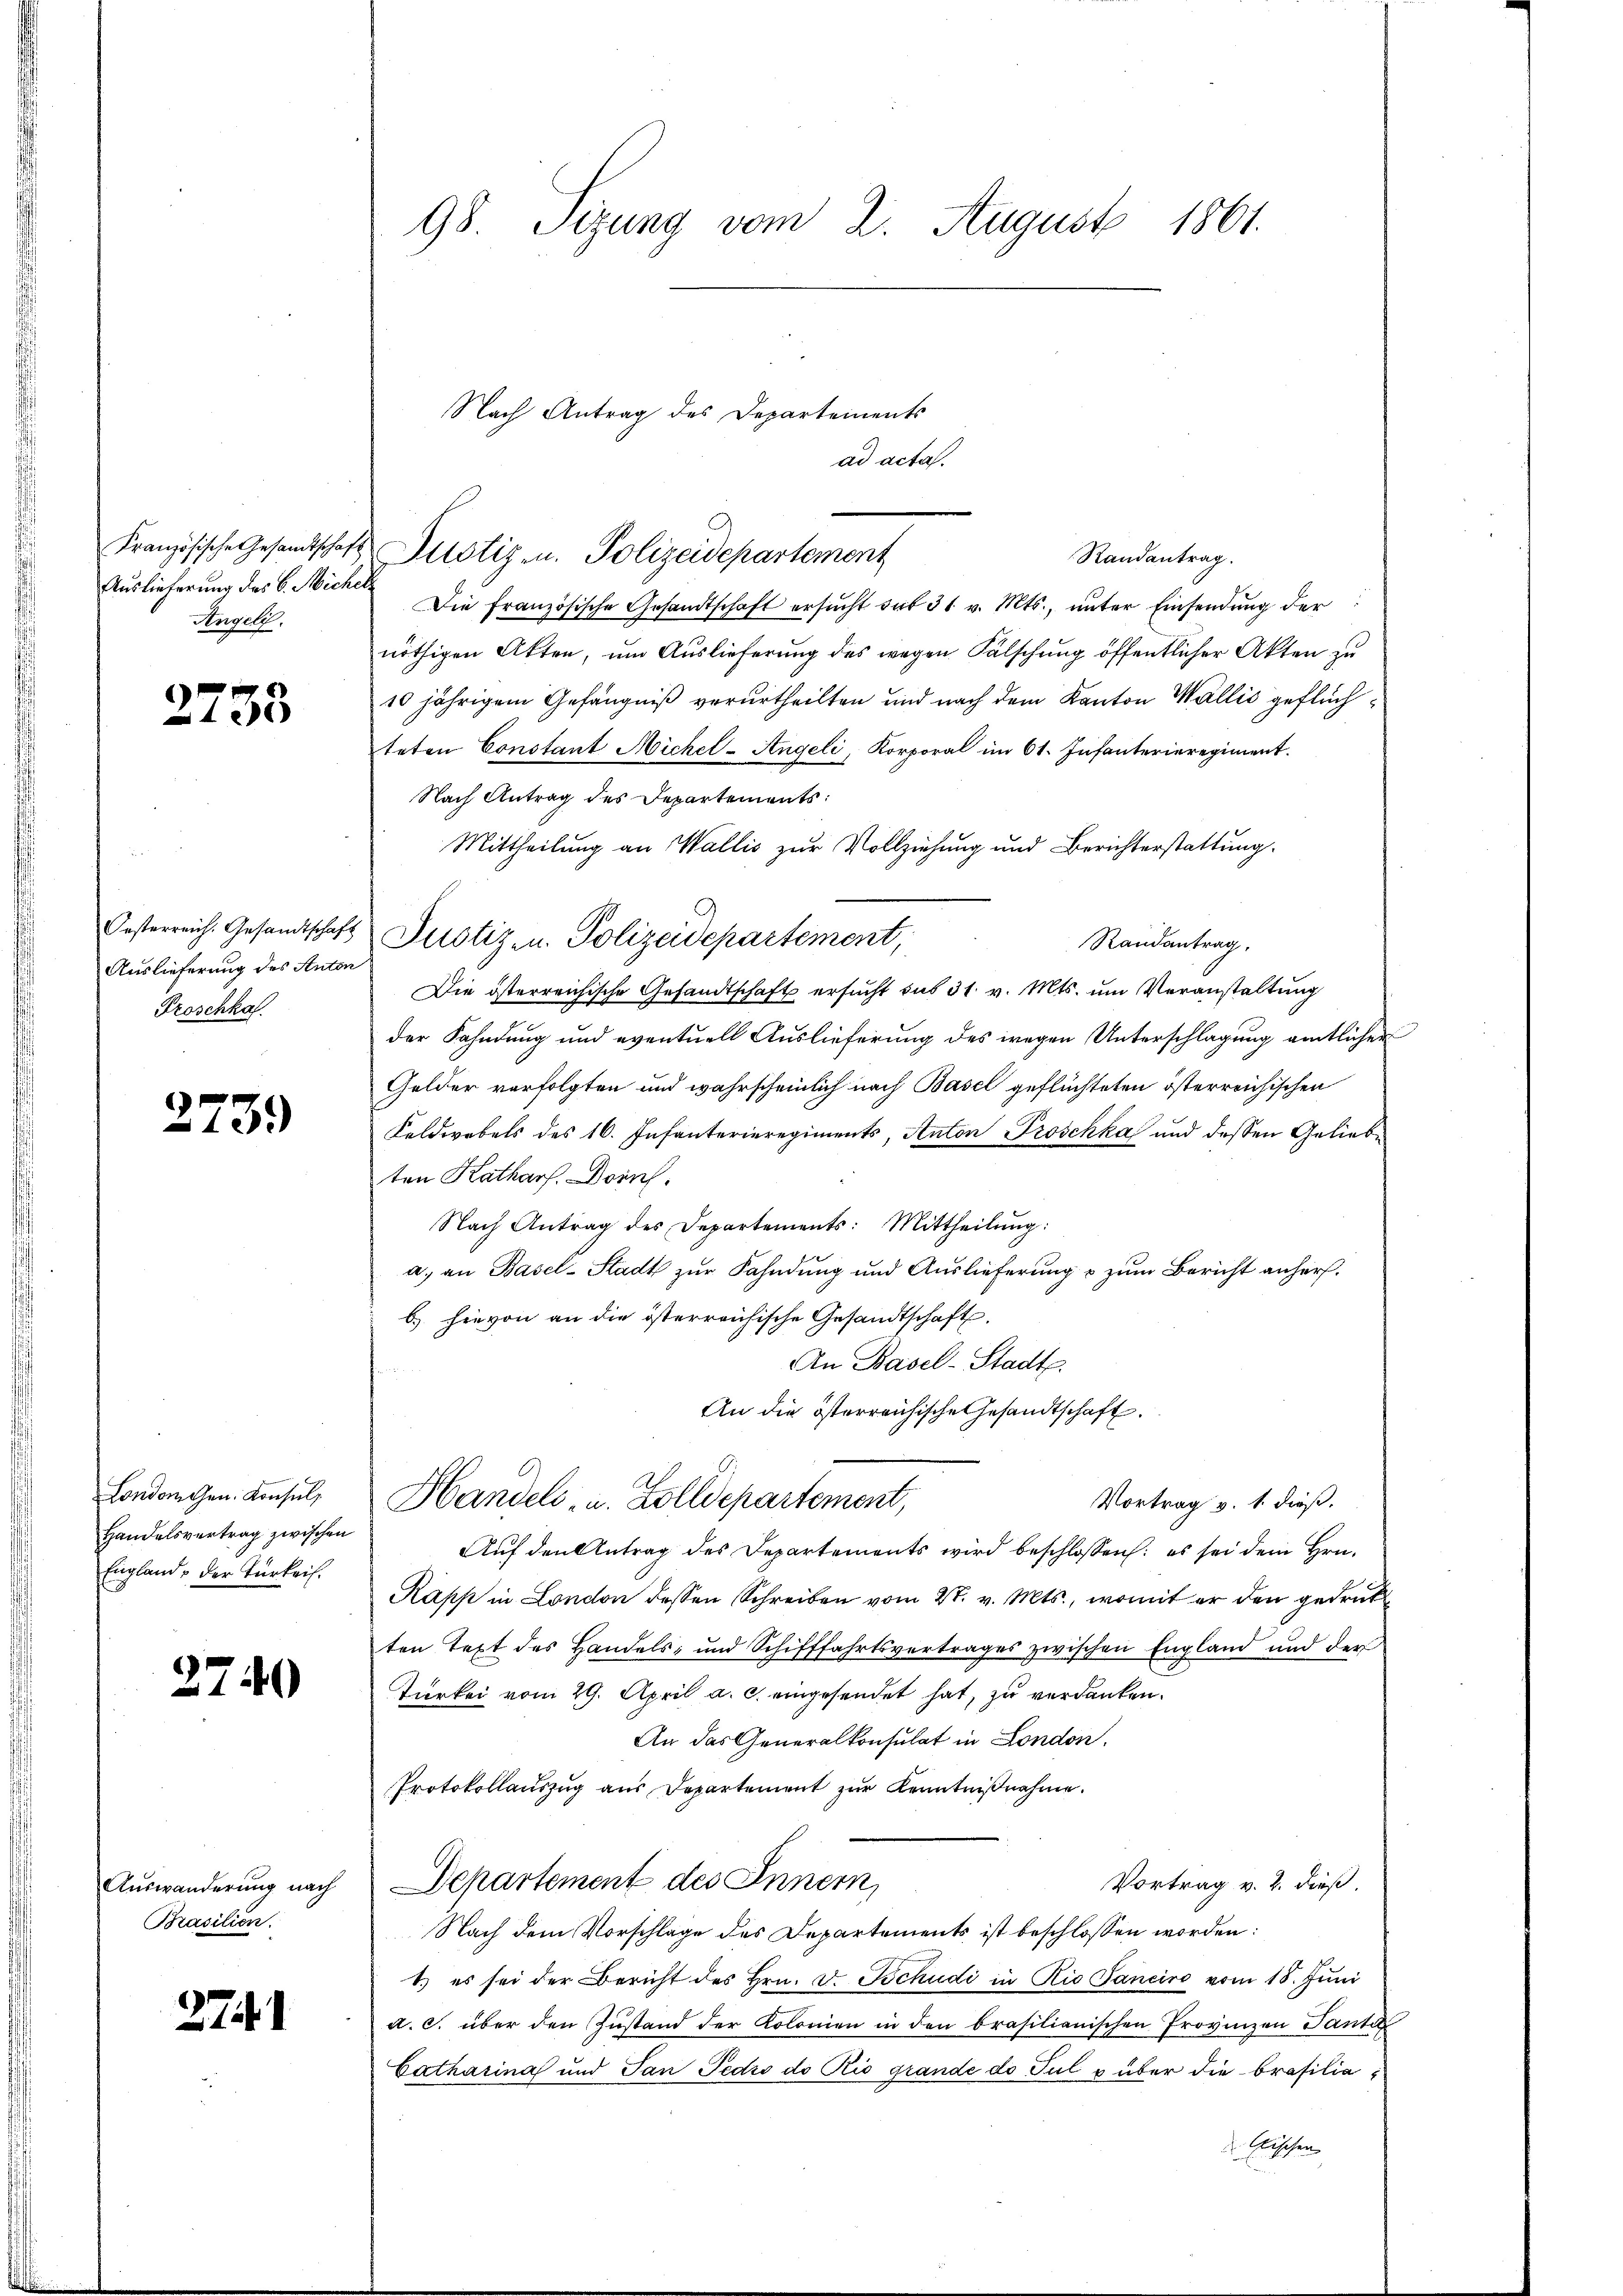
Französische Gesandtschaft
Auslieferung des C. Micher
Angeli.

2733

Oesterreich. Gesandtschaf
Auslieferung des Antor
Froschka.

2739

London Gen. Konsul,
Handelsvertrag zwischen
England, der Türkeis.

2740

Auswanderung nach
Brasilien.

275. 1

98. Sizung vom 2. August 1861.

ad acta.
Randantrag.
Die französische Gesandtschaft ersŭcht sub 31 v. Mts., unter Einsendung der
nöthigen Akten, um Auslieferung des wegen Fälschung öffentlicher Akten zu
10 jährigem Gefängniß verurtheilten und nach dem Kanton Wallis geflüchteten Constant Michel-Angeli, Korporal im 61. Infanterieregiment.
Nach Antrag des Departements:
Mittheilung an Wallis zur Vollziehung und Berichterstattung.
Justiz- u. Polizeidepartement,
Randantrag.
Die österreichische Gesandtschaft ersucht sub 31. v. Mts. um Veranstaltung
der Fahndung und eventuell Auslieferung des wegen Unterschlagung amtlicher
Gelder verfolgten und wahrscheinlich nach Basel geflüchteten österreichischen
Feldwebels des 16. Infanterieregiments, Anton Proschka und dessen Geliebten Katharf. Dornh
Nach Antrag des Departements: Mittheilŭng:
a) an Basel-Stadt zur Fahndung und Auslieferung & zum Bericht anhersb.) hievon an die österreichische Gesandtschaft.
An Basel-Stadt.
An die österreichische Gesandtschaft.
Handels- u. Zolldepartement,
Vortrag v. 1. dieß.
Auf den Antrag des Departements wird beschlossen: es sei dem Hrn.
Kapp in London dessen Schreiben vom 28. v. Mts., womit er den gedruk
ten Text des Handels- und Schifffahrtsvertrages zwischen England und der
Türkei vom 29. April a. c. eingesendet hat, zu verdanken.
An das Generalkonsulat in London.
Protokollauszug aus Departement zur Kenntnißnahme.
Departement des Innern,
Vortrag v. 2. dieß.
Nach dem Vorschlage des Departements ist beschlossen worden:
1.) es sei der Bericht des Hrn. v. Tschudi in Rio Panciro vom 18. Jŭni
a. c. über den Zustand der Kolonien in den brasilianischen Provinzen Tante
Catharina und Tan Pedio do Rio grande do Puls über die Brasilia¬
 Aeschen

Nach Antrag des Departements
Justiz, u. Polizeidepartement